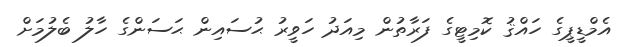
އެމްޑީޕީގެ ހައްޤު ކޮމިޓީގެ ފަރާތުން މިއަދު ހަވީރު ޙުސައިން ޙަސަންގެ ހާލު ބެލުމަށް